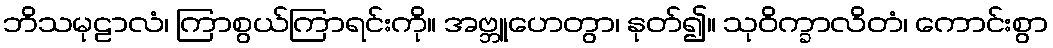
ဘိသမုဠာလံ၊ ကြာစွယ်ကြာရင်းကို။ အဗ္ဘူဟေတွာ၊ နုတ်၍။ သုဝိက္ခာလိတံ၊ ကောင်းစွာ